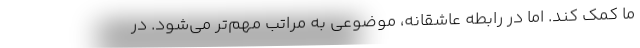
ما کمک کند. اما در رابطه عاشقانه، موضوعی به مراتب مهم‌تر می‌شود. در